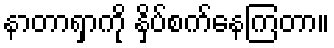
နာတာရှာကို နှိပ်စက်နေကြတာ။